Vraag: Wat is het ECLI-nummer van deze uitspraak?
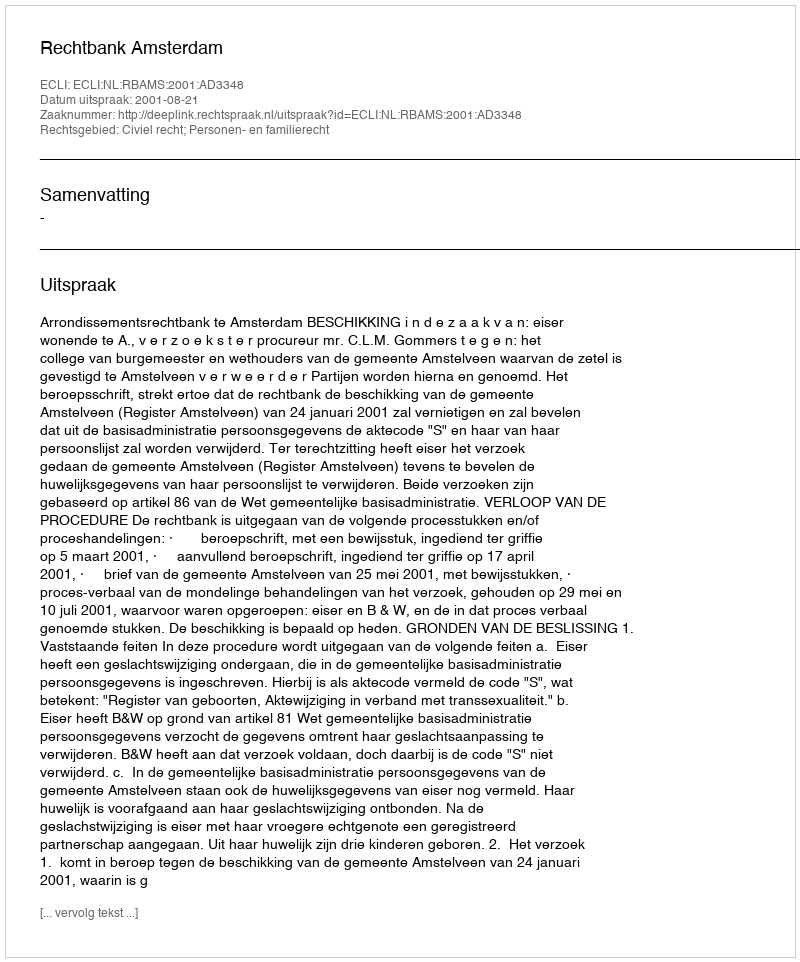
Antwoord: ECLI:NL:RBAMS:2001:AD3348